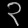
Digit: ၃